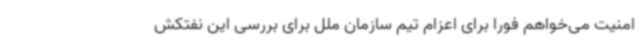
امنیت می‌خواهم فورا برای اعزام تیم سازمان ملل برای بررسی این نفتکش